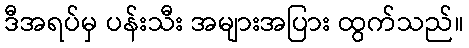
ဒီအရပ်မှ ပန်းသီး အများအပြား ထွက်သည်။